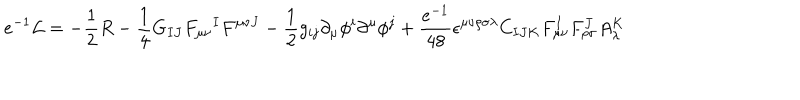
LaTeX: e ^ { - 1 } { \cal L } = - { \frac { 1 } { 2 } } R - { \frac { 1 } { 4 } } G _ { I J } F _ { \mu \nu } { } ^ { I } F ^ { \mu \nu J } - { \frac { 1 } { 2 } } g _ { i j } \partial _ { \mu } \phi ^ { i } \partial ^ { \mu } \phi ^ { j } + { \frac { e ^ { - 1 } } { 4 8 } } \epsilon ^ { \mu \nu \rho \sigma \lambda } C _ { I J K } F _ { \mu \nu } ^ { I } F _ { \rho \sigma } ^ { J } A _ { \lambda } ^ { K }